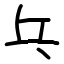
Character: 乓